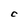
Character: C